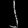
Digit: ၂